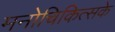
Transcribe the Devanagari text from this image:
मनोचिकित्सके